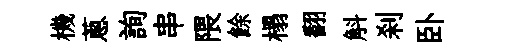
機蔥詢串隈餘榻翻斛刹卧